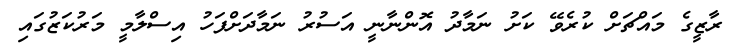
ރާޒީގެ މައްޗަށް ކުރެވޭ ކަށު ނަމާދު އޮންނާނީ އަސުރު ނަމާދަށްފަހު އިސްލާމީ މަރުކަޒުގައި